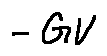
- G V